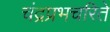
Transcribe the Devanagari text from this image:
चंद्रप्रभचरिते